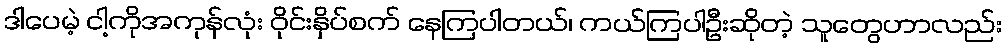
ဒါပေမဲ့ ငါ့ကိုအကုန်လုံး ဝိုင်းနှိပ်စက် နေကြပါတယ်၊ ကယ်ကြပါဦးဆိုတဲ့ သူတွေဟာလည်း